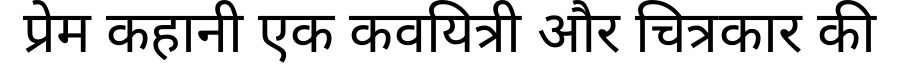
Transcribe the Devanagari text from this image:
प्रेम कहानी एक कवयित्री और चित्रकार की